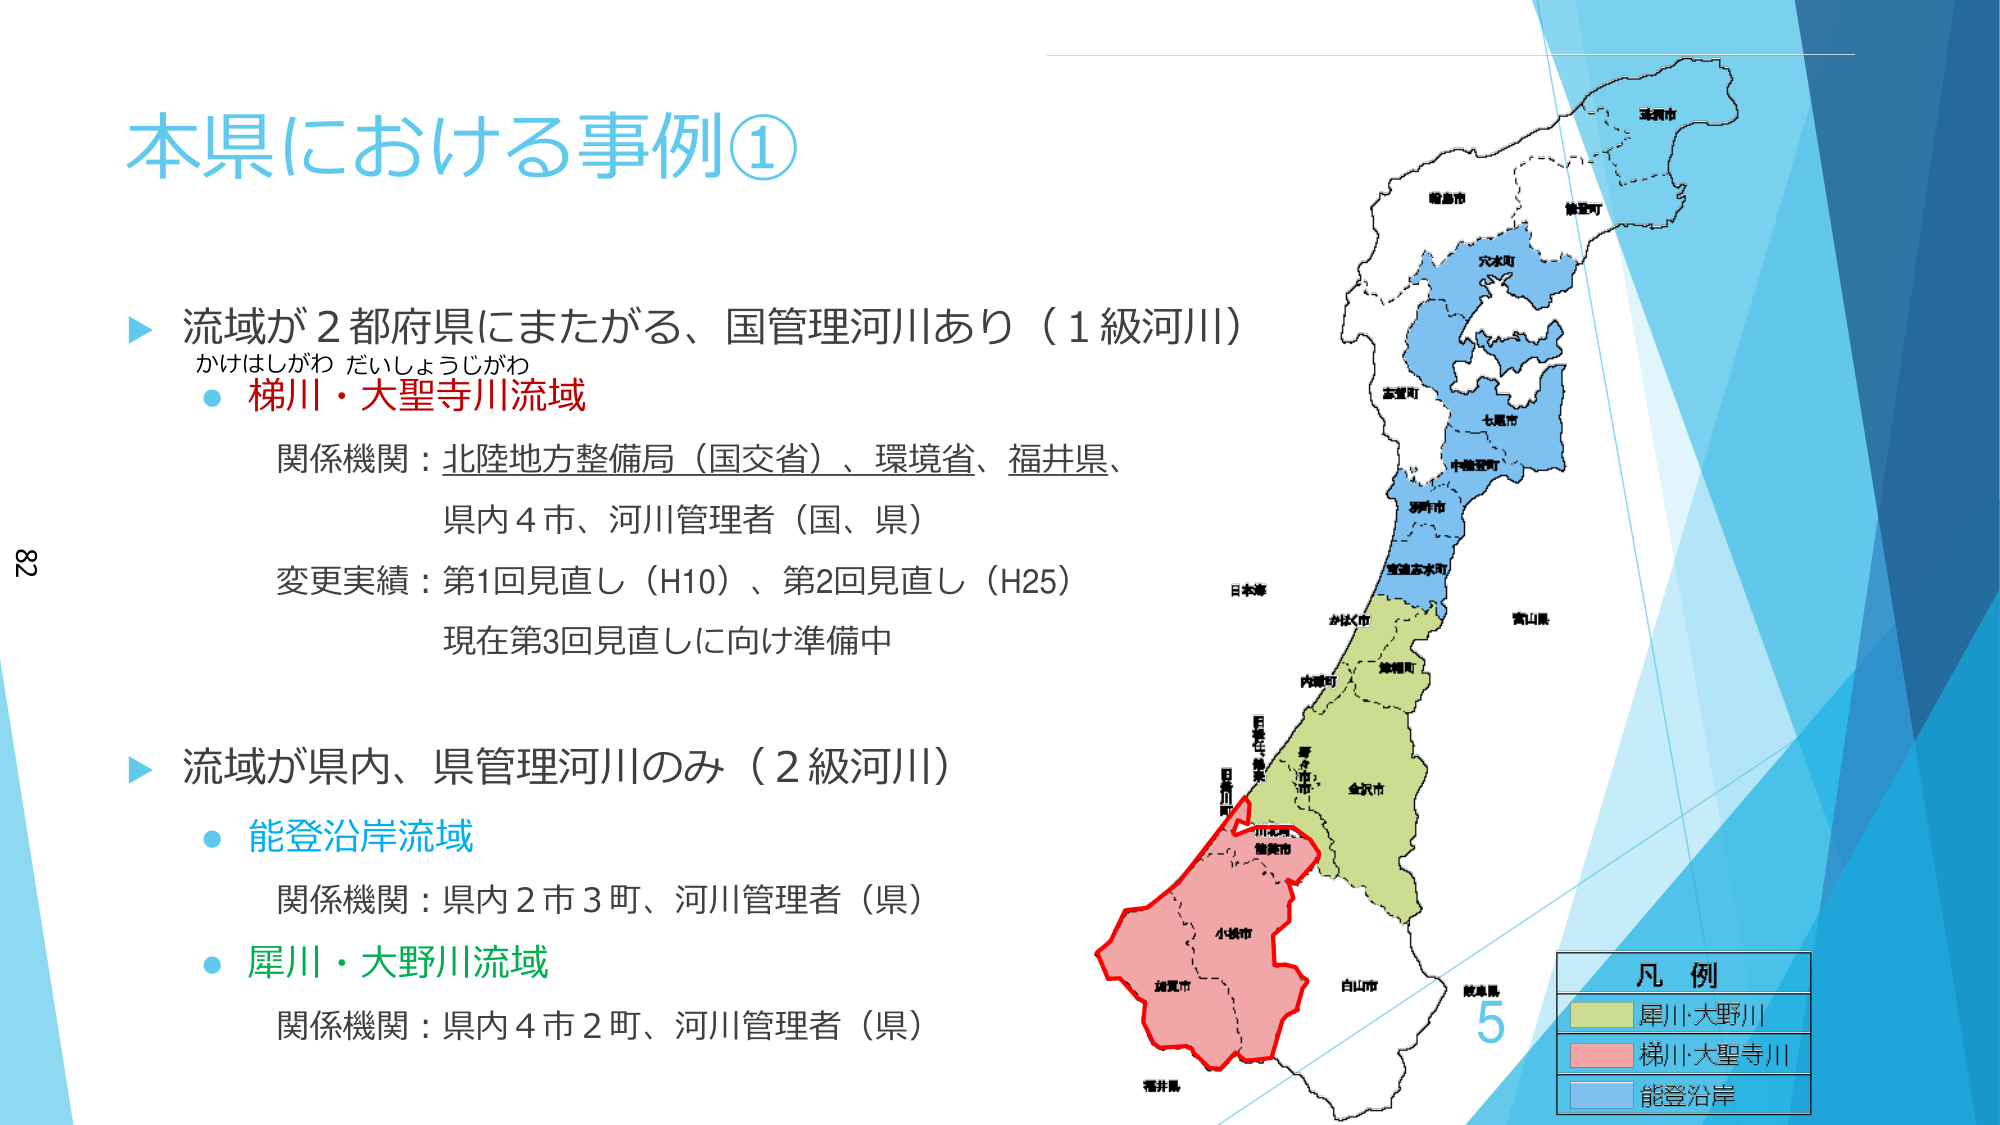
本県における事例①

▶ 流域が2都府県にまたがる、国管理河川あり（1級河川）
かけはしがわ だいしょうじがわ
・梯川・大聖寺川流域
関係機関：北陸地方整備局（国交省）、環境省、福井県、
県内4市、河川管理者（国、県）
変更実績：第1回見直し（H10）、第2回見直し（H25）
現在第3回見直しに向け準備中

▶ 流域が県内、県管理河川のみ（2級河川）
・能登沿岸流域
関係機関：県内2市3町、河川管理者（県）
・犀川・大野川流域
関係機関：県内4市2町、河川管理者（県）

凡例
■ 犀川・大野川
■ 梯川・大聖寺川
■ 能登沿岸

（地図上に記載されている市町名）
珠洲市
能登町
穴水町
志賀町
七尾市
中能登町
羽咋市
宝達志水町
かほく市
内灘町
金沢市
川北町
輪島市
小松市
加賀市
白山市
福井県
富山県
日本海
岐阜県
5

82